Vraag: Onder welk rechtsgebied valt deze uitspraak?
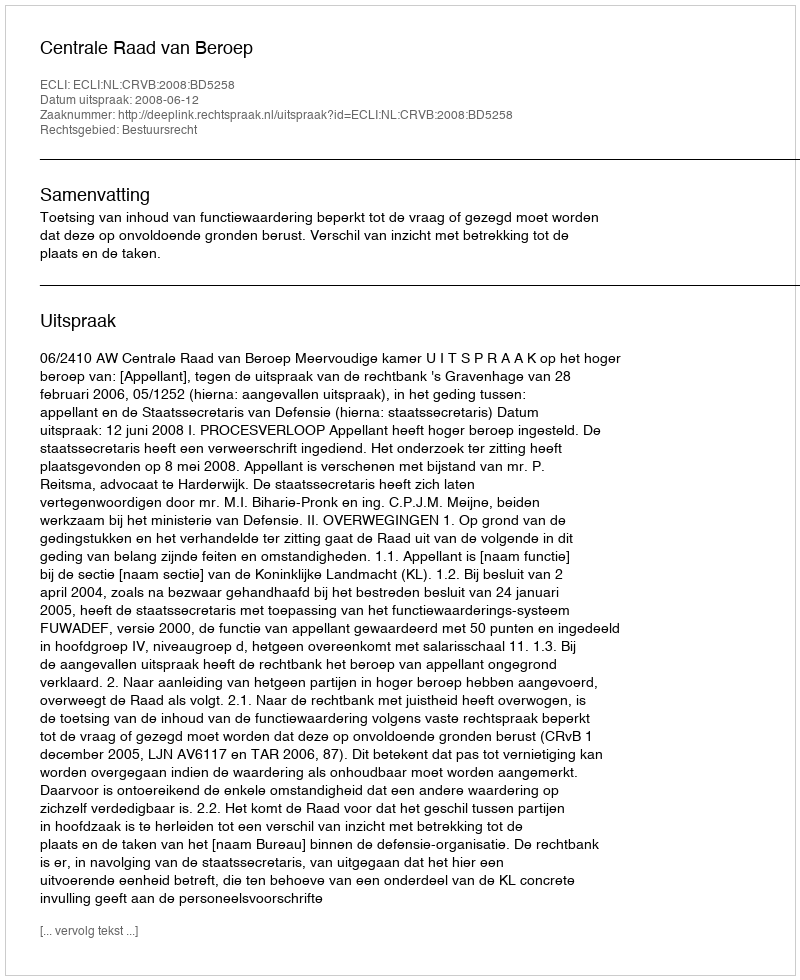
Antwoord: Bestuursrecht